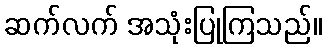
ဆက်လက် အသုံးပြုကြသည်။